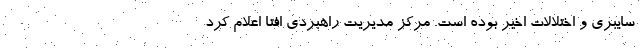
سایبری و اختلالات اخیر بوده است. مرکز مدیریت راهبردی افتا اعلام کرد